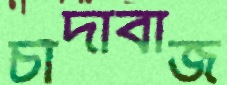
চাঁদাবাজ